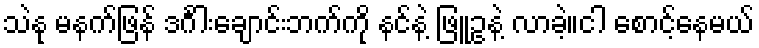
သဲနု မနက်ဖြန် ဒင်္ဂါးချောင်းဘက်ကို နင်နဲ့ ဖြူဥနဲ့ လာခဲ့။ငါ စောင့်နေမယ်